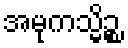
အမုကသ္မိဉ္စ